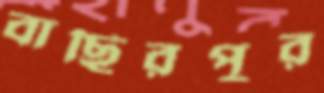
বাছিরপুর